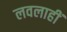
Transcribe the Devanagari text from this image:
लवलाहीं